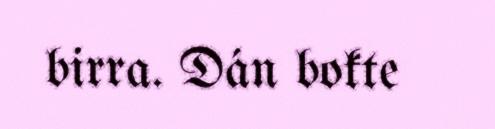
birra. Dán bokte